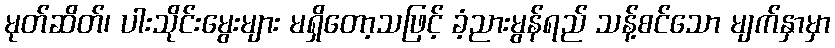
မုတ်ဆိတ်၊ ပါးသိုင်းမွေးများ မရှိတော့သဖြင့် ခံ့ညားမွန်ရည် သန့်စင်သော မျက်နှာမှာ